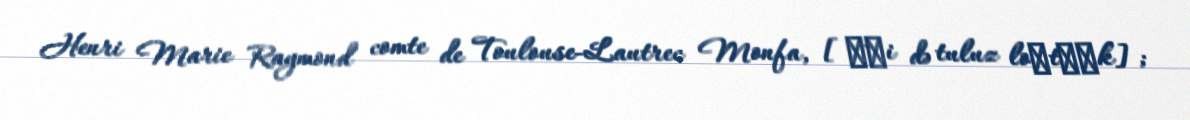
Henri Marie Raymond comte de Toulouse-Lautrec Monfa, [ɑ̃ʁi də tuluz loˈtʁɛk];